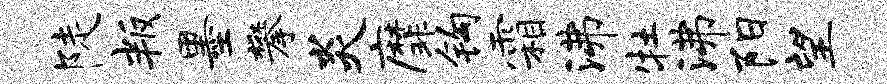
陡叛墨攀炎縻钩霜沸牡沸阳望